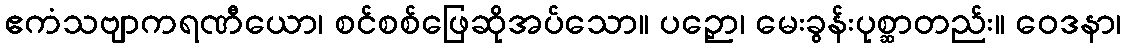
ဧကံသဗျာကရဏီယော၊ စင်စစ်ဖြေဆိုအပ်သော။ ပဉှော၊ မေးခွန်းပုစ္ဆာတည်း။ ဝေဒနာ၊